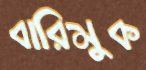
বারিমুক